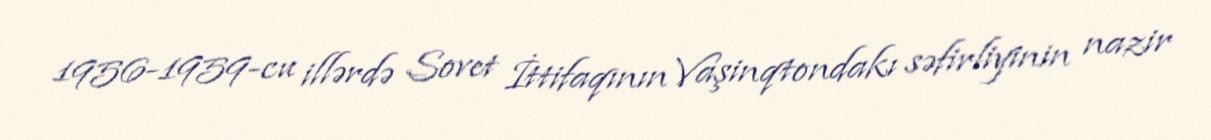
1956-1959-cu illərdə Sovet İttifaqının Vaşinqtondakı səfirliyinin nazir